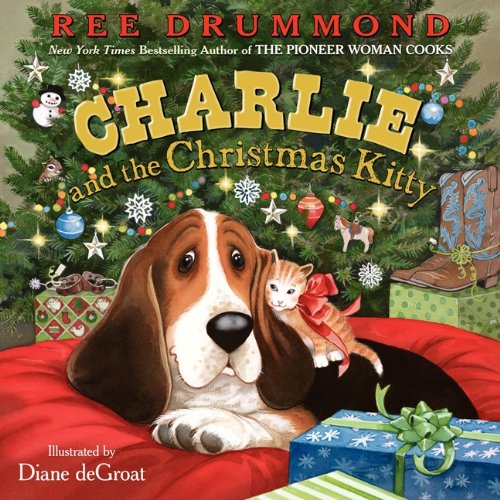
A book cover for Charlie and the Christmas Kitty (Charlie the Ranch Dog); Ree Drummond; Children's Books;